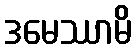
ဒမေဿာမိ